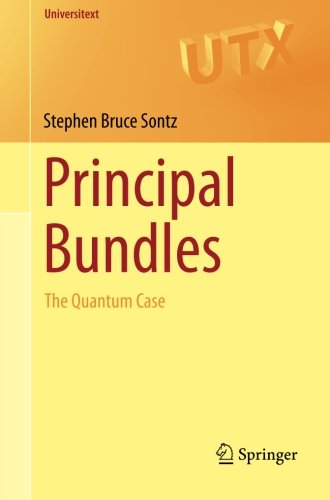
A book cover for Principal Bundles: The Quantum Case (Universitext); Stephen Bruce Sontz; Computers & Technology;